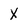
Character: X